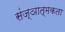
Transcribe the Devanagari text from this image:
संज्ञात्मकता